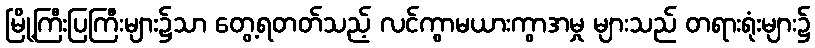
မြို့ကြီးပြကြီးများ၌သာ တွေ့ရတတ်သည့် လင်ကွာမယားကွာအမှု များသည် တရားရုံးများ၌